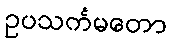
ဥပသင်္ကမတော